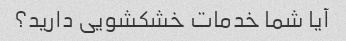
آیا شما خدمات خشکشویی دارید؟